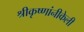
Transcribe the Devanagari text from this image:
श्रीकृष्णांनीकेली